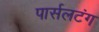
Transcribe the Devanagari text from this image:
पार्सलटंग